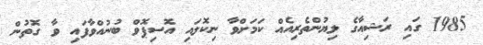
1985 ގައި ރަޝިއާގެ ލިޔުންތެރިއެއް ކަމަށްވާ ނިކޮލައި އޮސިޕޮވް ބުނުއްވާފައި ވާ ގޮތުން